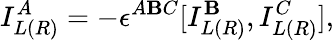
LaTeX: I_{L(R)}^{A}=-\epsilon^{A\mathbf{B}C}[I_{L(R)}^{\mathbf{B}},I_{L(R)}^{C}],